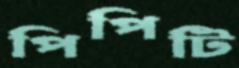
পিপিটি